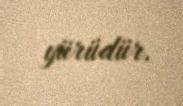
yürüdür.